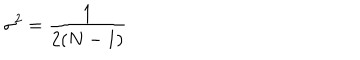
LaTeX: \sigma ^ { 2 } = { \frac { 1 } { 2 ( N - 1 ) } }